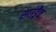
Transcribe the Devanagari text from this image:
साउंड़्रैक